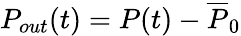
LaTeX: P_{out}(t)=P(t)-\overline{{P}}_{0}